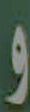
و